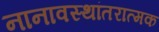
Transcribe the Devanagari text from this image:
नानावस्थांतरात्मक